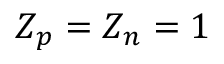
Z _ { p } = Z _ { n } = 1